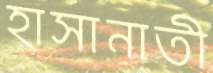
হাসানাতী